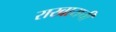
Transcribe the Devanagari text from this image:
राखायची